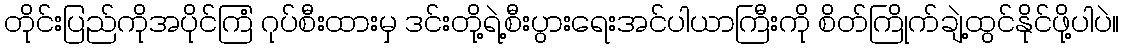
တိုင်းပြည်ကိုအပိုင်ကြံ ဂုပ်စီးထားမှ ဒင်းတို့ရဲ့စီးပွားရေးအင်ပါယာကြီးကို စိတ်ကြိုက်ချဲ့ထွင်နိုင်ဖို့ပါပဲ။